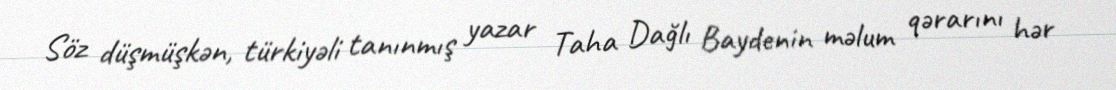
Söz düşmüşkən, türkiyəli tanınmış yazar Taha Dağlı Baydenin məlum qərarını hər